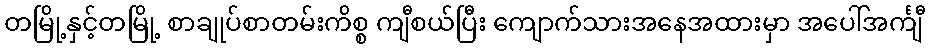
တမြို့နှင့်တမြို့ စာချုပ်စာတမ်းကိစ္စ ကျီစယ်ပြီး ကျောက်သားအနေအထားမှာ အပေါ်အင်္ကျီ